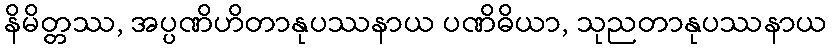
နိမိတ္တဿ, အပ္ပဏိဟိတာနုပဿနာယ ပဏိဓိယာ, သုညတာနုပဿနာယ